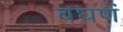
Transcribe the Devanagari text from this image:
बघणं